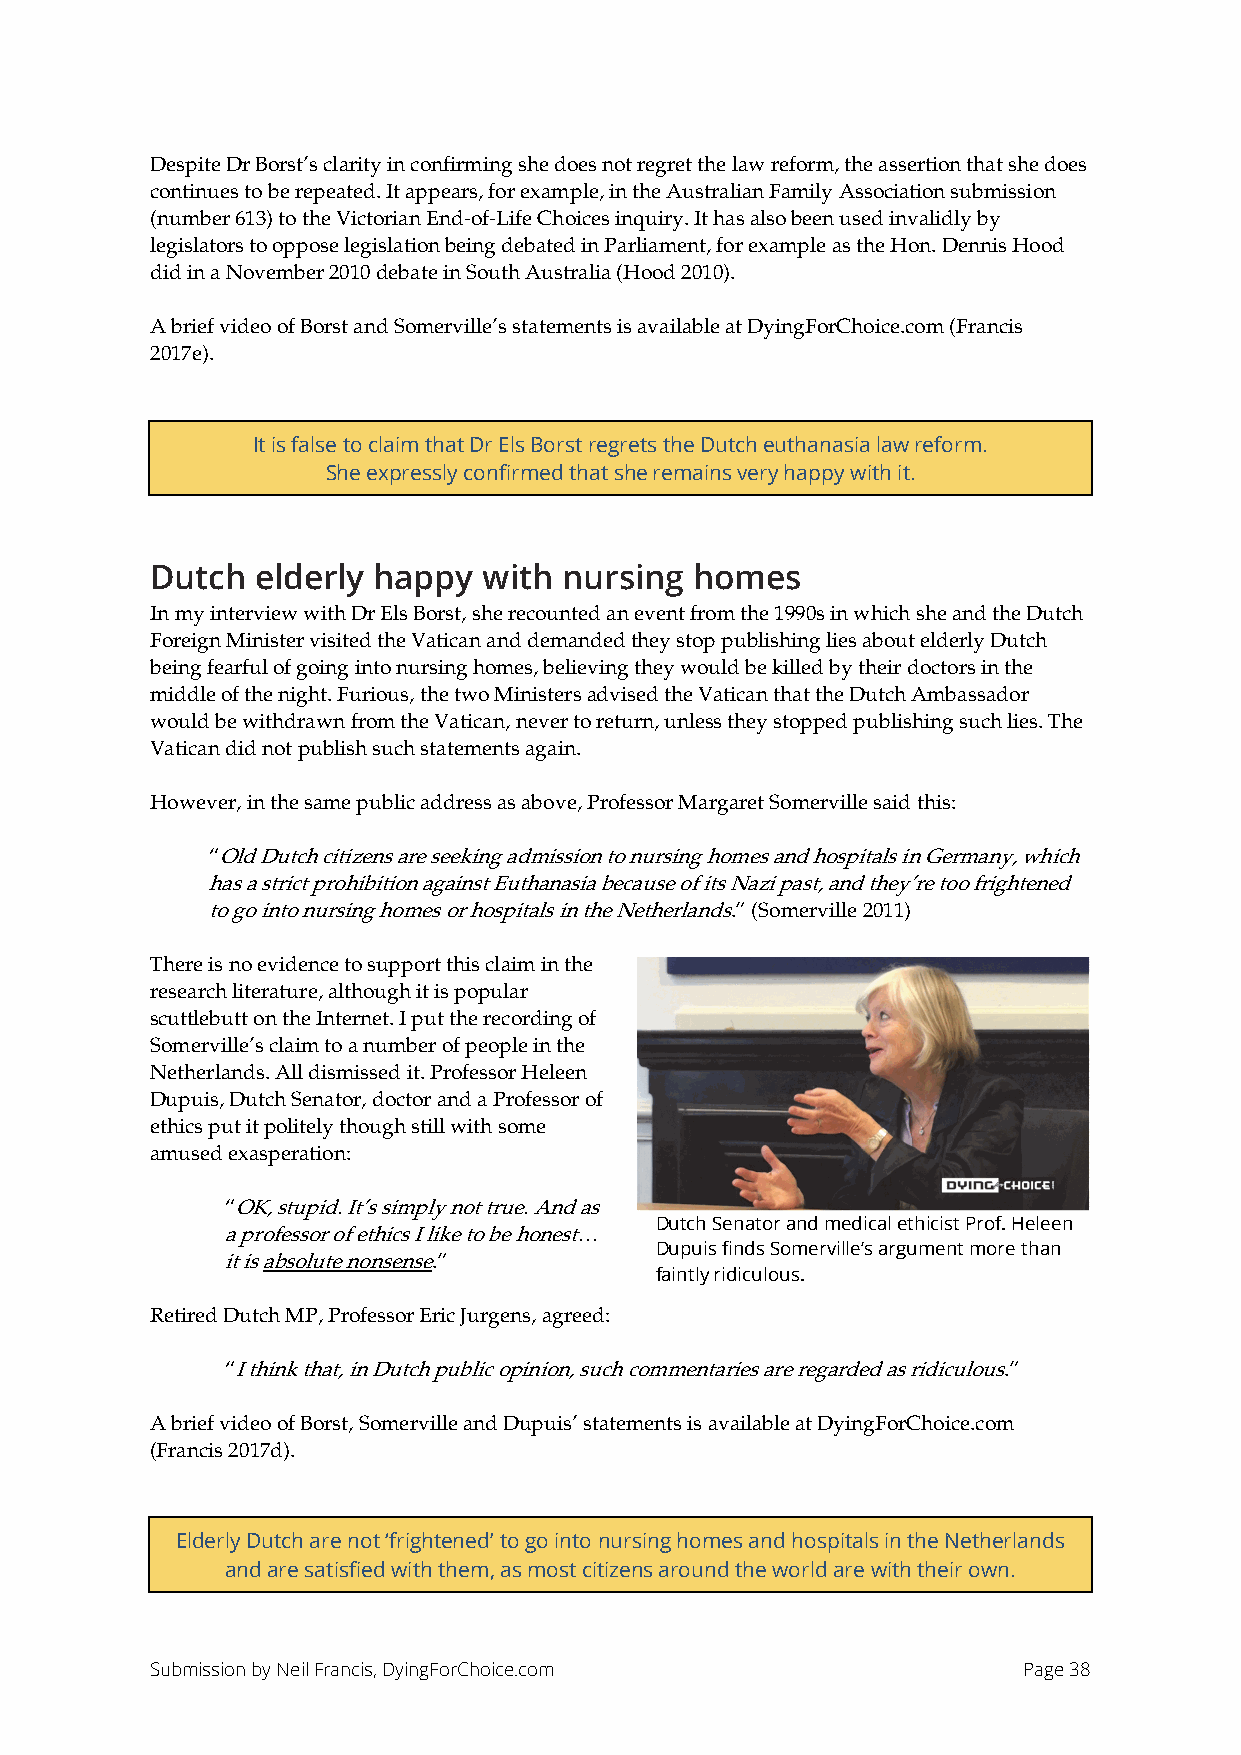
Despite Dr Borst’s clarity in confirming she does not regret the law reform, the assertion that she does
 continues to be repeated. It appears, for example, in the Australian Family Association submission
 (number 613) to the Victorian End-of-Life Choices inquiry. It has also been used invalidly by
 legislators to oppose legislation being debated in Parliament, for example as the Hon. Dennis Hood
 did in a November 2010 debate in South Australia (Hood 2010).
 A brief video of Borst and Somerville’s statements is available at DyingForChoice.com (Francis
 2017e).
 It is false to claim that Dr Els Borst regrets the Dutch euthanasia law reform.
 She expressly confirmed that she remains very happy with it.
 Dutch  elderly happy  with nursing  homes
 In my interview with Dr Els Borst, she recounted an event from the 1990s in which she and the Dutch
 Foreign Minister visited the Vatican and demanded they stop publishing lies about elderly Dutch
 being fearful of going into nursing homes, believing they would be killed by their doctors in the
 middle of the night. Furious, the two Ministers advised the Vatican that the Dutch Ambassador
 would be withdrawn from the Vatican, never to return, unless they stopped publishing such lies. The
 Vatican did not publish such statements again.
 However, in the same public address as above, Professor Margaret Somerville said this:
 “Old Dutch citizens are seeking admission to nursing homes and hospitals in Germany, which
 has a strict prohibition against Euthanasia because of its Nazi past, and they’re too frightened
 to go into nursing homes or hospitals in the Netherlands.” (Somerville 2011)
 There is no evidence to support this claim in the
 research literature, although it is popular
 scuttlebutt on the Internet. I put the recording of
 Somerville’s claim to a number of people in the
 Netherlands. All dismissed it. Professor Heleen
 Dupuis, Dutch Senator, doctor and a Professor of
 ethics put it politely though still with some
 amused exasperation:
 “OK, stupid. It’s simply not true. And as
 Dutch Senator and medical ethicist Prof. Heleen
 a professor of ethics I like to be honest…
 Dupuis finds Somerville’s argument more than
 it is absolute nonsense.”
 faintly ridiculous.
 Retired Dutch MP, Professor Eric Jurgens, agreed:
 “I think that, in Dutch public opinion, such commentaries are regarded as ridiculous.”
 A brief video of Borst, Somerville and Dupuis’ statements is available at DyingForChoice.com
 (Francis 2017d).
 Elderly Dutch are not ‘frightened’ to go into nursing homes and hospitals in the Netherlands
 and are satisfied with them, as most citizens around the world are with their own.
 Submission by Neil Francis, DyingForChoice.com            Page 38